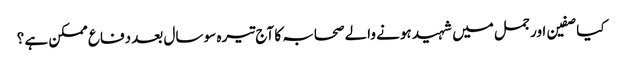
کیا صفین اور جمل میں شہید ہونے والے صحابہ کا آج تیرہ سو سال بعد دفاع ممکن ہے ؟